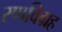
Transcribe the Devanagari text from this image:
रणविग्रह